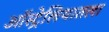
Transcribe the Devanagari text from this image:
ऑस्ट्रेलियातला